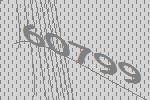
60799